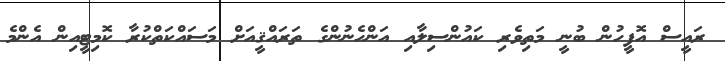
ރައީސް އޮފީހުން ބުނީ މަތިވެރި ކައުންސިލާއި އަންހެނުންގެ ތަރައްޤީއަށް މަސައްކަތްކުރާ ކޮމިޓީއިން އެންމެ